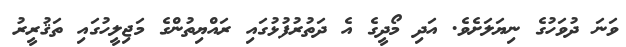
ވަނަ ދުވަހުގެ ނިޔަލަށެވެ. އަދި މޯދީގެ އެ ދަތުރުފުޅުގައި ރައްޔިތުންގެ މަޖިލީހުގައި ތަޤުރީރު